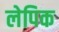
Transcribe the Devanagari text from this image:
लेपिक